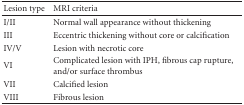
<table><thead><tr><td><b>Lesion type</b></td><td><b>MRI criteria</b></td></tr></thead><tbody><tr><td>I/II</td><td>Normal wall appearance without thickening</td></tr><tr><td>III</td><td>Eccentric thickening without core or calcification</td></tr><tr><td>IV/V</td><td>Lesion with necrotic core</td></tr><tr><td>VI</td><td>Complicated lesion with IPH, fibrous cap rupture, and/or surface thrombus</td></tr><tr><td>VII</td><td>Calcified lesion</td></tr><tr><td>VIII</td><td>Fibrous lesion</td></tr></tbody></table>